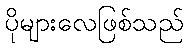
ပိုများလေဖြစ်သည်